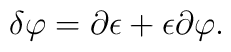
\delta\varphi=\partial\epsilon+\epsilon\partial\varphi.